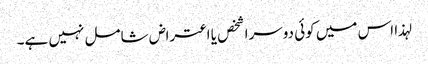
لہذا اس میں کوئی دوسرا شخص یا اعتراض شامل نہیں ہے۔